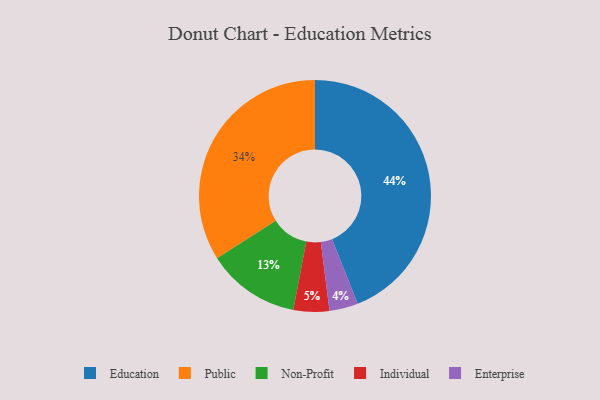
{"axis": {"x": "Category", "y": "Percentage"}, "legend": ["Education", "Enterprise", "Individual", "Non-Profit", "Public"], "data": [{"x": "Individual", "y": 5, "type": "Individual"}, {"x": "Enterprise", "y": 4, "type": "Enterprise"}, {"x": "Education", "y": 44, "type": "Education"}, {"x": "Public", "y": 34, "type": "Public"}, {"x": "Non-Profit", "y": 13, "type": "Non-Profit"}]}